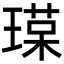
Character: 𤨷